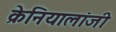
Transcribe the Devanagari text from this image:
क्रेनियालांजी